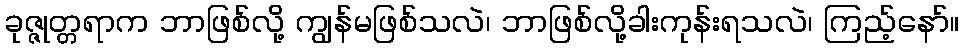
ခုဇ္ဇုတ္တရာက ဘာဖြစ်လို့ ကျွန်မဖြစ်သလဲ၊ ဘာဖြစ်လို့ခါးကုန်းရသလဲ၊ ကြည့်နော်။